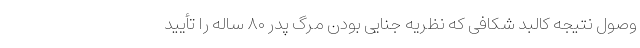
وصول نتیجه کالبد شکافی که نظریه جنایی بودن مرگ پدر ۸۰ ساله را تأیید